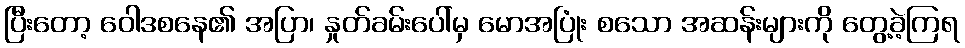
ပြီးတော့ ဝေါဒစနေ၏ အပြာ၊ နှုတ်ခမ်းပေါ်မှ မောအပြုံး စသော အဆန်းများကို တွေ့ခဲ့ကြရ